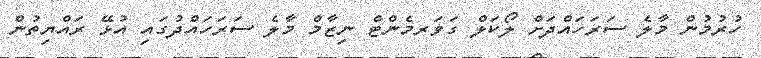
ހުރުމުން މާލެ ސަރަހައްދަށް ލޯކަލް ގަވަރމެންޓް ނިޒާމް މާލެ ސަރަހައްދުގައި އުޅޭ ރައްޔިތުން